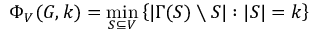
\Phi _ { V } ( G , k ) = \operatorname* { m i n } _ { S \subseteq V } \left\{ | \Gamma ( S ) \setminus S | : | S | = k \right\}